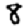
Digit: 8